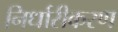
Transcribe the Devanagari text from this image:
निर्धारीकरण